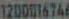
12001676